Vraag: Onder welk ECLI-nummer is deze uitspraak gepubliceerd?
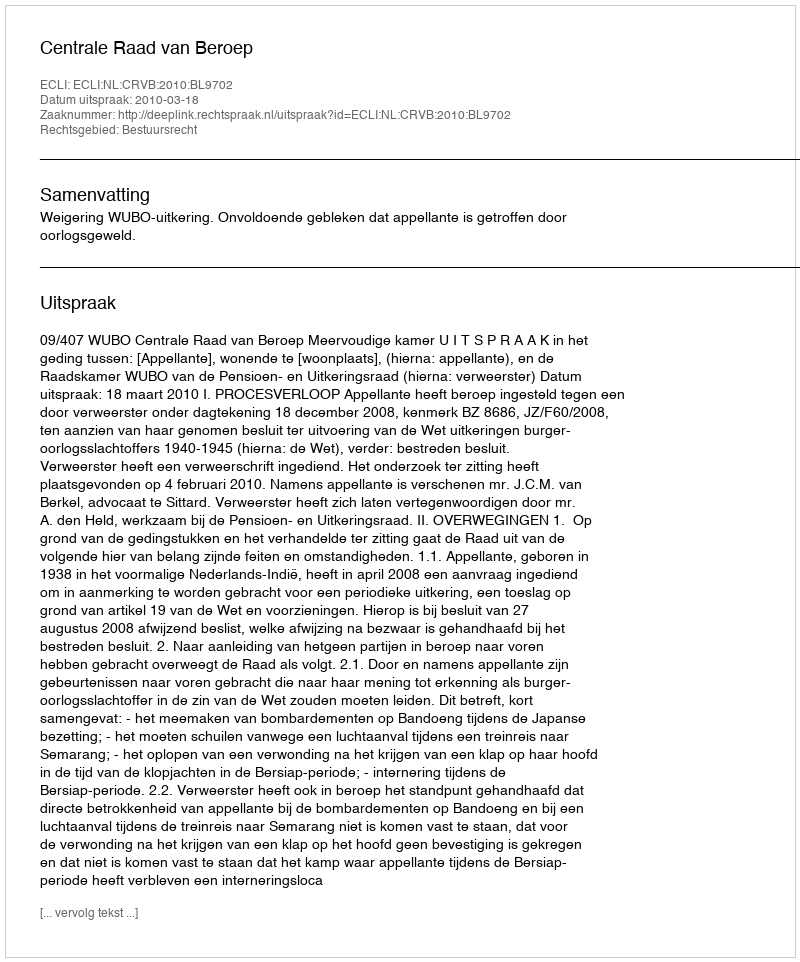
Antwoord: ECLI:NL:CRVB:2010:BL9702